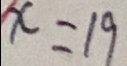
x = 1 9